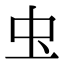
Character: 𮓰